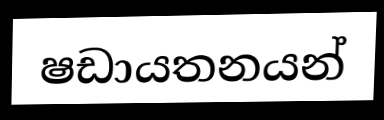
ෂඩායතනයන්